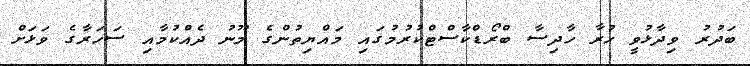
ބަދުރު ވިދާޅުވީ ހުރާ ހާދިސާ ބްރޯޑްކާސްޓްކުރުމުގައި މައްޔިތުންގެ މޫނު ދެއްކުމާއި ސަހަރާގެ ވަޅަށް